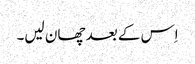
اِس کے بعد چھان لیں۔